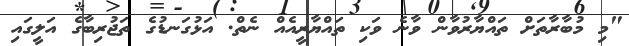
"މި މުބާރާތަށް ތައްޔާރުވާން ވާނެ ވަކި ތައްޔާރީއެއް ނެތް. އަޅުގަނޑުގެ ތަޖުރިބާގެ އަލީގައި